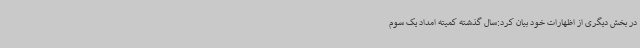
در بخش دیگری از اظهارات خود بیان کرد:سال گذشته کمیته امداد یک سوم